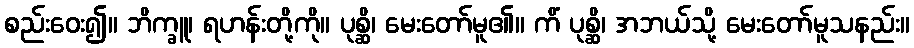
စည်းဝေး၍။ ဘိက္ခူ၊ ရဟန်းတို့ကို။ ပုစ္ဆိ၊ မေးတော်မူ၏။ ကိံ ပုစ္ဆိ၊ အဘယ်သို့ မေးတော်မူသနည်း။